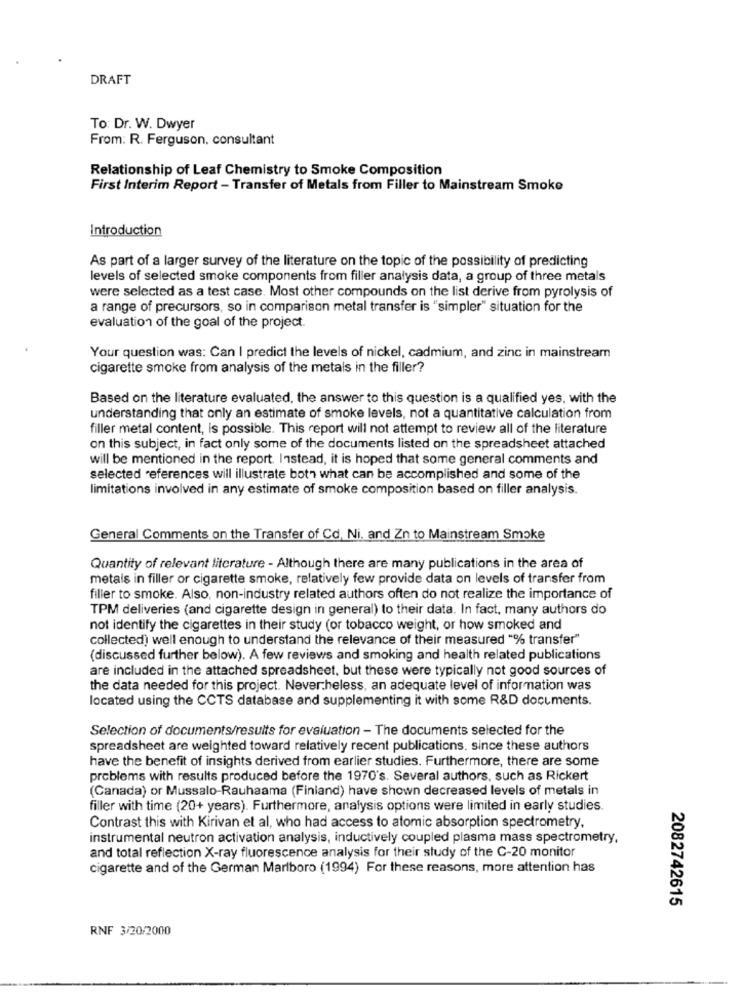
DRAFT
To: Dr. W. Dwyer
From: R. Ferguson, consultant
Relationship of Leaf Chemistry to Smoke Composition
First Interim Report - Transfer of Metals from Filler to Mainstream Smoke
Introduction
As part of a larger survey of the literature on the topic of the possibility of predicting
levels of selected smoke components from filler analysis data, a group of three metals
were selected as a test case. Most other compounds on the list derive from pyrolysis of
a range of precursors, so in comparison metal transfer is "simpler" situation for the
evaluation of the goal of the project.
Your question was: Can I predict the levels of nickel, cadmium, and zinc in mainstream
cigarette smoke from analysis of the metals in the filler?
Based on the literature evaluated, the answer to this question is a qualified yes, with the
understanding that only an estimate of smoke levels, not a quantitative calculation from
filler metal content, is possible. This report will not attempt to review all of the literature
on this subject, in fact only some of the documents listed on the spreadsheet attached
will be mentioned in the report. Instead, it is hoped that some general comments and
selected references will illustrate both what can be accomplished and some of the
limitations involved in any estimate of smoke composition based on filler analysis.
General Comments on the Transfer of Cd, Ni, and Zn to Mainstream Smoke
Quantity of relevant literature - Although there are many publications in the area of
metals in filler or cigarette smoke, relatively few provide data on levels of transfer from
filler to smoke. Also, non-industry related authors often do not realize the importance of
TPM deliveries (and cigarette design in general) to their data. In fact, many authors do
not identify the cigarettes in their study (or tobacco weight, or how smoked and
collected) well enough to understand the relevance of their measured "% transfer"
(discussed further below). A few reviews and smoking and health related publications
are included in the attached spreadsheet, but these were typically not good sources of
the data needed for this project. Nevertheless, an adequate level of information was
located using the CCTS database and supplementing it with some R&D documents.
Selection of documents/results for evaluation - The documents selected for the
spreadsheet are weighted toward relatively recent publications, since these authors
have the benefit of insights derived from earlier studies. Furthermore, there are some
problems with results produced before the 1970's. Several authors, such as Rickert
(Canada) or Mussalo-Rauhaama (Finiand) have shown decreased levels of metals in
filler with time (20+ years). Furthermore, analysis options were limited in early studies.
Contrast this with Kirivan et al, who had access to atomic absorption spectrometry,
instrumental neutron activation analysis, inductively coupled plasma mass spectrometry,
and total reflection X-ray fluorescence analysis for their study of the C-20 monitor
cigarette and of the German Marlboro (1994) For these reasons, more attention has
2082742615
RNF 3/20/2000